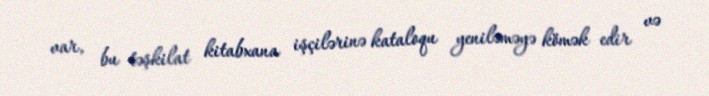
var, bu təşkilat kitabxana işçilərinə kataloqu yeniləməyə kömək edir və